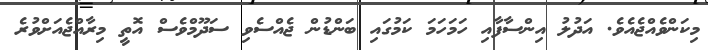
މިކަންވެއްޖެއެވެ. އަދުލު އިންސާފާއި ހަމަހަމަ ކަމުގައި ބަންޑުން ޖެއްސެވި ސަދޫމްވެސް އޮތީ މިރާއްޖެއަށްވުރެ